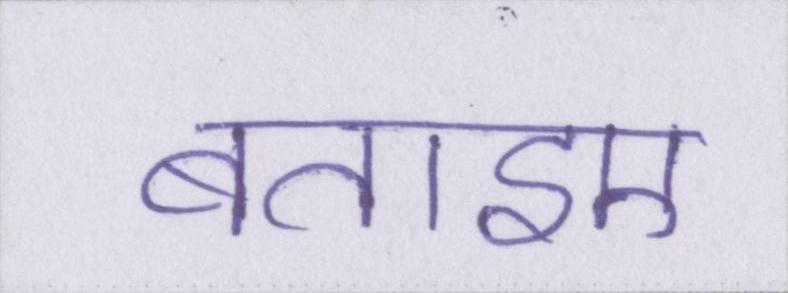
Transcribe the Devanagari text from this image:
बताइए